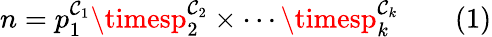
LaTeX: n=p_{1}^{\mathcal{C}_{1}}\timesp_{2}^{\mathcal{C}_{2}}\times\cdots\timesp_{k}^{\mathcal{C}_{k}}\qquad(1)